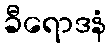
ခီရောဒနံ